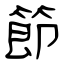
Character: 節